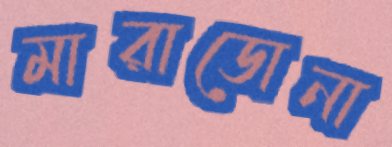
মারাডোনা